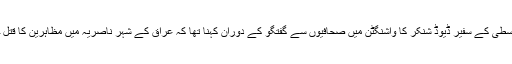
امریکہ کے مشرق وسطیٰ کے سفیر ڈیوڈ شنکر کا واشنگٹن میں صحافیوں سے گفتگو کے دوران کہنا تھا کہ عراق کے شہر ناصریہ میں مظاہرین کا قتل چونکا دینے والا ہے۔